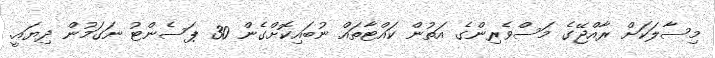
މިސާލަކަށް ރާއްޖޭގެ މަސްވެރިންގެ އަތުން ކައްޓާތައް ނުބައިކޮށްގެން 30 ޕަސެންޓު ނަގަމުން ދިޔައީ.